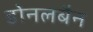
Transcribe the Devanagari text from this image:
डोनलबैन